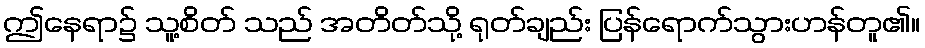
ဤနေရာ၌ သူ့စိတ် သည် အတိတ်သို့ ရုတ်ချည်း ပြန်ရောက်သွားဟန်တူ၏။